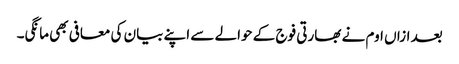
بعد ازاں اوم نے بھارتی فوج کے حوالے سے اپنے بیان کی معافی بھی مانگی۔